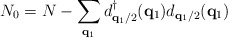
\begin{align*}N_{0} = N - \sum_{ {\bf{q}}_{1} }d^{\dagger}_{ {\bf{q}}_{1}/2 }({\bf{q}}_{1})d_{ {\bf{q}}_{1}/2 }({\bf{q}}_{1})\end{align*}